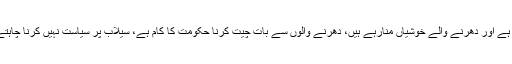
خورشید شاہ نے کہا کہ لوگوں کے گھروں میں ماتم ہے اور دھرنے والے خوشیاں منارہے ہیں، دھرنے والوں سے بات چیت کرنا حکومت کا کام ہے، سیلاب پر سیاست نہیں کرنا چاہتے، قومی اداروں کو سیاست میں نہیں گھسیٹنا چاہئے۔